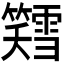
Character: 𫂪